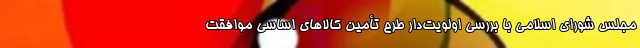
مجلس شورای اسلامی با بررسی اولویت‌دار طرح تأمین کالاهای اساسی موافقت